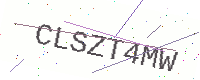
Text: CLSZT4MW